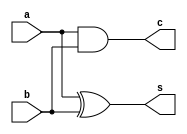
`timescale 1ns / 1ps


module Half_adder(
    input a,b,
    output s,c
    );
    
assign s = a ^ b;
assign c = a & b;

endmodule